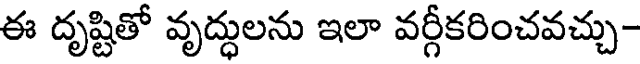
ఈ దృష్టితో వృద్ధులను ఇలా వర్గీకరించవచ్చు-